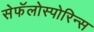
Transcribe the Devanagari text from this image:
सेफॅलोस्पोरिन्स